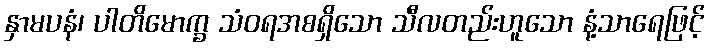
နှာမပနံ၊ ပါတိမောက္ခ သံဝရအစရှိသော သီလတည်းဟူသော နံ့သာရေဖြင့်